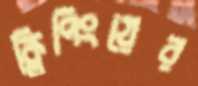
ক্লিপিংয়ের